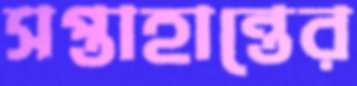
সপ্তাহান্তের